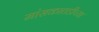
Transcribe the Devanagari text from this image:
मांसकातडीच्या